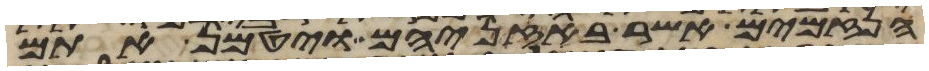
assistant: הנזמים אשר באזניהם ויטמן אתם